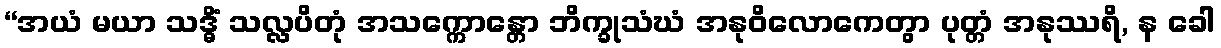
“အယံ မယာ သဒ္ဓိံ သလ္လပိတုံ အသက္ကောန္တော ဘိက္ခုသံဃံ အနုဝိလောကေတွာ ပုတ္တံ အနုဿရိ, န ခေါ